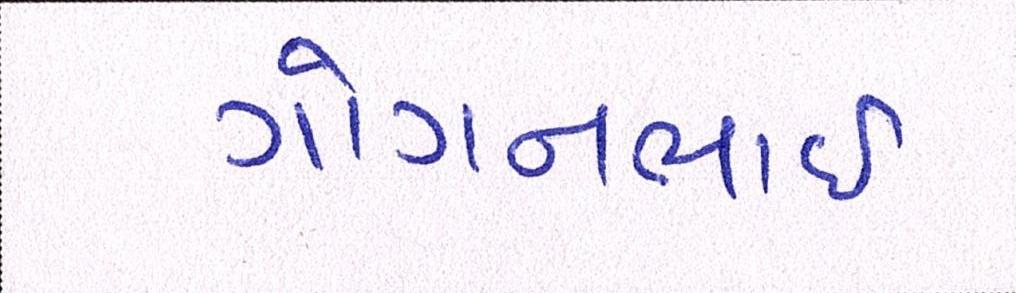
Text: ગોગનભાઇ